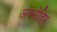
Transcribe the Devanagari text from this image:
अक्सेहिर